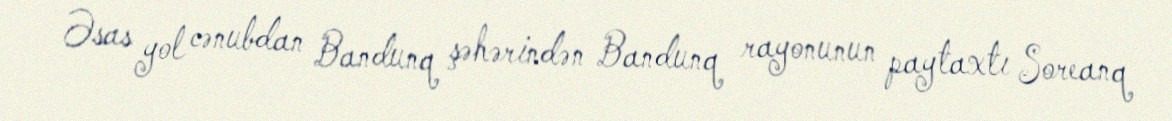
Əsas yol cənubdan Bandunq şəhərindən Bandunq rayonunun paytaxtı Soreanq